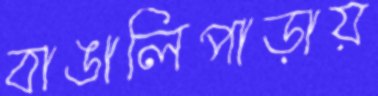
বাঙালিপাড়ায়